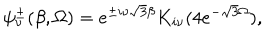
\psi _ { \nu } ^ { \pm } ( \beta , \Omega ) = e ^ { \pm i \nu \sqrt { 3 } \beta } K _ { i \nu } ( 4 e ^ { - \sqrt { 3 } \Omega } ) ,